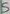
Text: 5